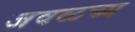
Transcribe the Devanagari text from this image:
जवळच्य